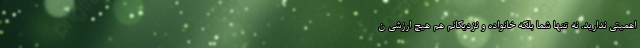
اهمیتی ندارید. نه تنها شما بلکه خانواده و نزدیکانم هم هیچ ارزشی ن